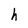
Character: h